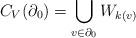
LaTeX: \begin{align*}C_V(\partial_0) = \bigcup_{v \in \partial_0} W_{k(v)}\end{align*}